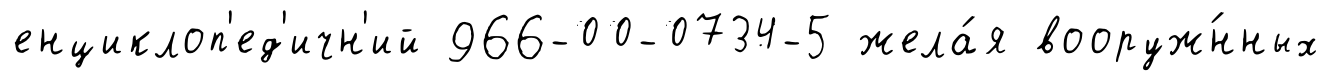
енциклоп'ед'ичн'ий 966-00-0734-5 жела́я вооруж́нных